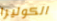
الكوليرا